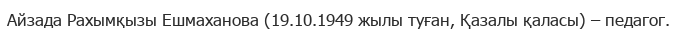
Айзада Рахымқызы Ешмаханова (19.10.1949 жылы туған, Қазалы қаласы) – педагог.